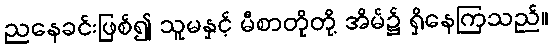
ညနေခင်းဖြစ်၍ သူမနှင့် မီစာတိုတို့ အိမ်၌ ရှိနေကြသည်။